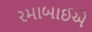
રમાબાઈએ